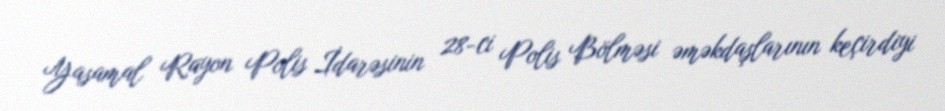
Yasamal Rayon Polis İdarəsinin 28-ci Polis Bölməsi əməkdaşlarının keçirdiyi